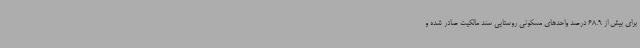
برای بیش از 68.9 درصد واحدهای مسکونی روستایی سند مالکیت صادر شده و